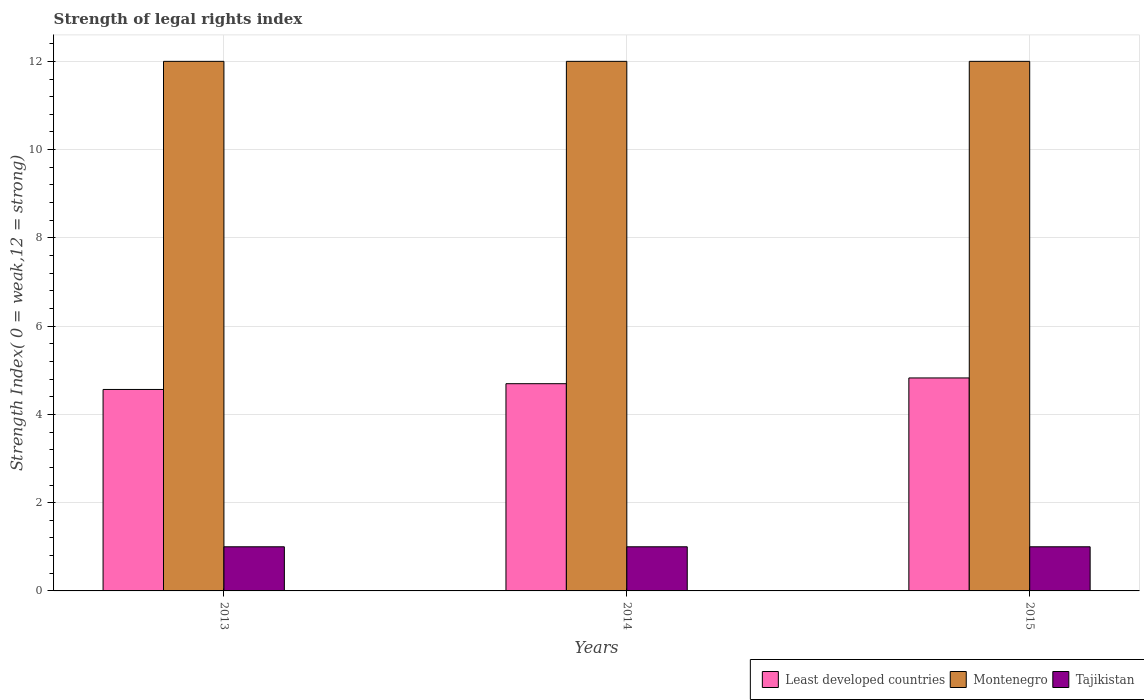
| Years | Least developed countries | Montenegro | Tajikistan |
 | --- | --- | --- | --- |
 | 2013 | 4.57 | 12 | 1 |
 | 2014 | 4.7 | 12 | 1 |
 | 2015 | 4.83 | 12 | 1 |